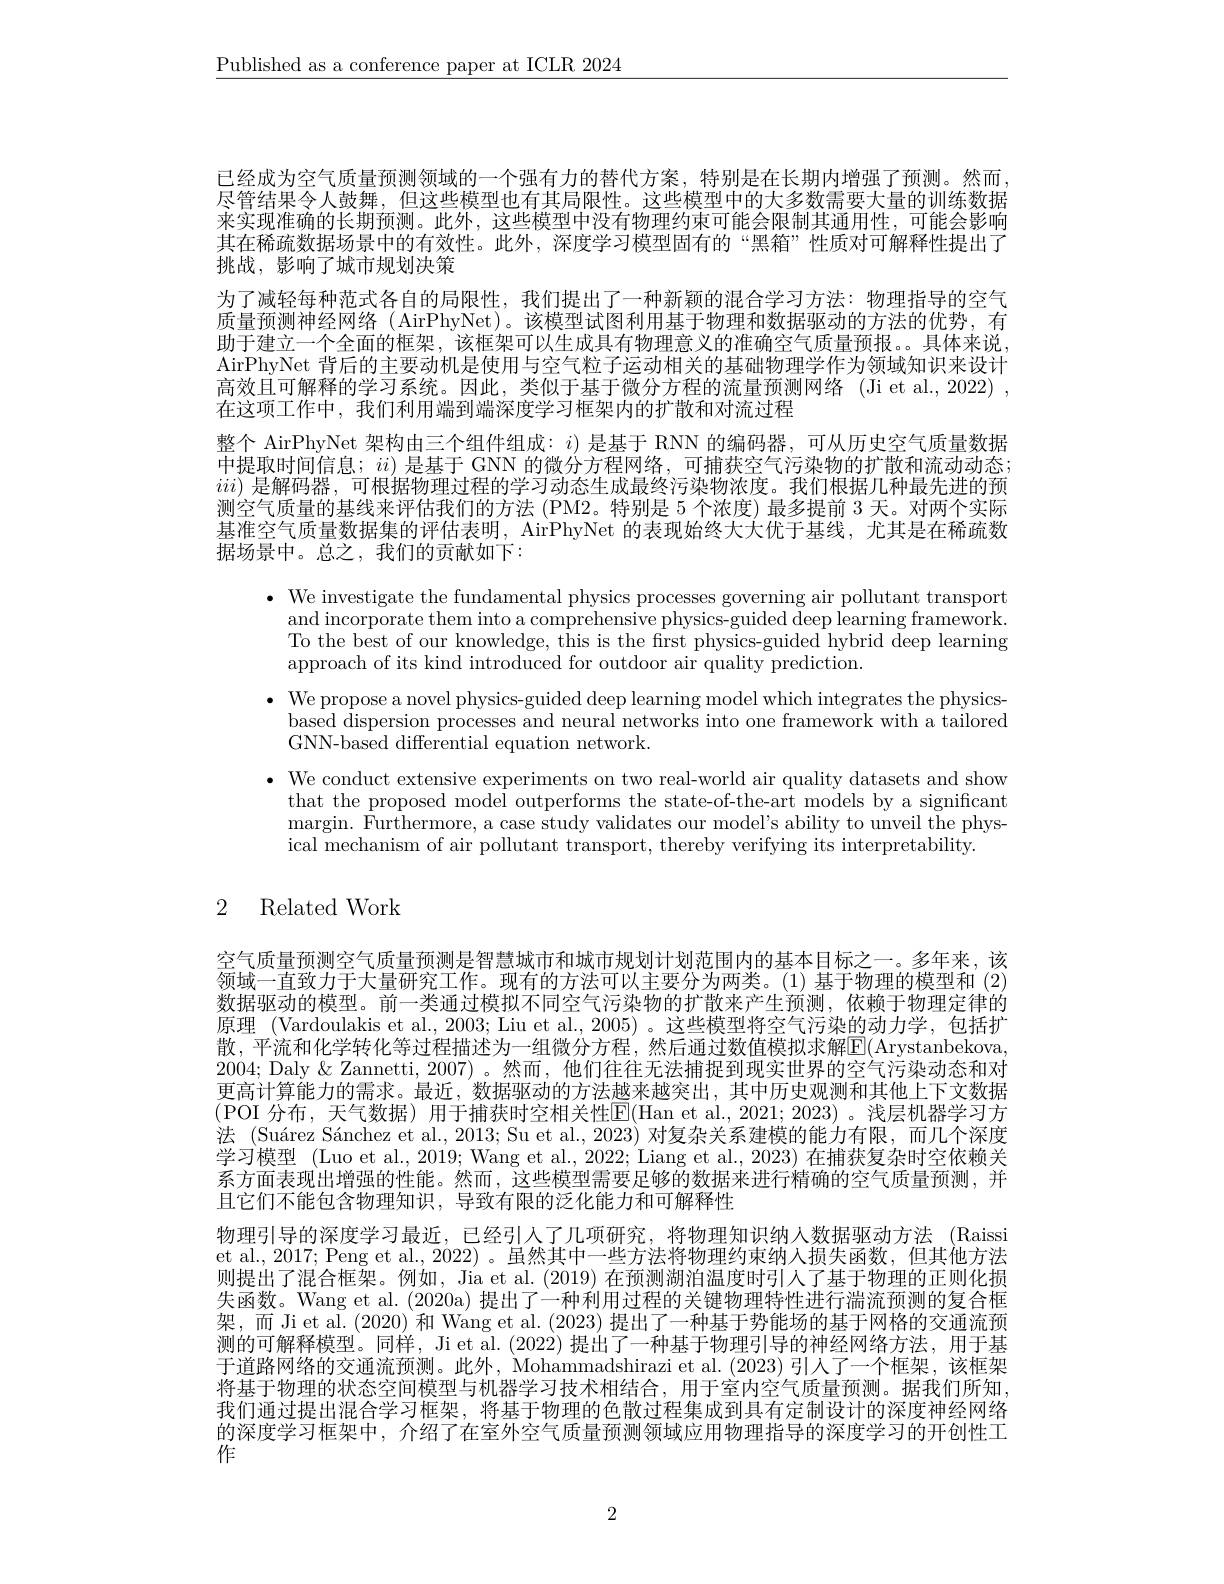
$\underline{\text{Published as a conference paper at ICLR 2024}}$

已经成为空气质量预测领域的一个强有力的替代方案，特别是在长期内增强了预测。然而， 尽管结果令人鼓舞，但这些模型也有其局限性。这些模型中的大多数需要大量的训练数据来实现准确的长期预测。此外，这些模型中没有物理约束可能会限制其通用性，可能会影响其在稀疏数据场景中的有效性。此外，深度学习模型固有的“黑箱”性质对可解释性提出了挑战，影响了城市规划决策
为了减轻每种范式各自的局限性，我们提出了一种新颖的混合学习方法：物理指导的空气质量预测神经网络 (AirPhyNet)。该模型试图利用基于物理和数据驱动的方法的优势，有助于建立一个全面的框架，该框架可以生成具有物理意义的准确空气质量预报。。具体来说AirPhyNet 背后的主要动机是使用与空气粒子运动相关的基础物理学作为领域知识来设计高效且可解释的学习系统。因此，类似于基于微分方程的流量预测网络(Ji et al., 2022) , 在这项工作中，我们利用端到端深度学习框架内的扩散和对流过程
整个 AirPhyNet 架构由三个组件组成：$i)$是基于 RNN 的编码器，可从历史空气质量数据中提取时间信息；$ii)$是基于 GNN 的微分方程网络，可捕获空气污染物的扩散和流动动态； $iii)$是解码器，可根据物理过程的学习动态生成最终污染物浓度。我们根据几种最先进的预测空气质量的基线来评估我们的方法 (PM2。特别是 5 个浓度) 最多提前 3 天。对两个实际基准空气质量数据集的评估表明，AirPhyNet 的表现始终大大优于基线，尤其是在稀疏数据场景中。总之，我们的贡献如下：

$\bullet$ We investigate the fundamental physics processes governing air pollutant transport
and incorporate them into a comprehensive physics-guided deep learning framework. To the best of our knowledge, this is the first physics-guided hybrid deep learning approach of its kind introduced for outdoor air quality prediction.
$\bullet$ We propose a novel physics-guided deep learning model which integrates the physics-
based dispersion processes and neural networks into one framework with a tailored
GNN-based differential equation network.
$\bullet$ We conduct extensive experiments on two real-world air quality datasets and show
that the proposed model outperforms the state-of-the-art models by a significant margin. Furthermore, a case study validates our model's ability to unveil the physical mechanism of air pollutant transport, thereby verifying its interpretability.

## 2 Related Work

空气质量预测空气质量预测是智慧城市和城市规划计划范围内的基本目标之一。多年来，该领域一直致力于大量研究工作。现有的方法可以主要分为两类。(1)基于物理的模型和 (2) 数据驱动的模型。前一类通过模拟不同空气污染物的扩散来产生预测，依赖于物理定律的原理 (Vardoulakis et al., 2003; Liu et al., 2005) 。这些模型将空气污染的动力学，包括扩散，平流和化学转化等过程描述为一组微分方程，然后通过数值模拟求解$\boxed{\mathrm{F}}($Arystanbekova, 2004; Daly & Zannetti, 2007) 。然而，他们往往无法捕捉到现实世界的空气污染动态和对更高计算能力的需求。最近，数据驱动的方法越来越突出，其中历史观测和其他上下文数据(POI 分布，天气数据)用于捕获时空相关性$\boxed{\mathrm{E}}($Han et al.,2021; 2023)。浅层机器学习方法 (Suárez Sánchez et al., 2013; Su et al., 2023) 对复杂关系建模的能力有限，而几个深度学习模型 (Luo et al., 2019; Wang et al., 2022; Liang et al., 2023) 在捕获复杂时空依赖关系方面表现出增强的性能。然而，这些模型需要足够的数据来进行精确的空气质量预测，并且它们不能包含物理知识，导致有限的泛化能力和可解释性
物理引导的深度学习最近，已经引人了几项研究，将物理知识纳人数据驱动方法 (Raissi et al., 2017; Peng et al., 2022) 。虽然其中一些方法将物理约束纳人损失函数，但其他方法则提出了混合框架。例如，Jia et al. (2019)在预测湖泊温度时引人了基于物理的正则化损失函数。Wang et al. (2020a) 提出了一种利用过程的关键物理特性进行湍流预测的复合框架，而 Ji et al. (2020) 和 Wang et al. (2023) 提出了一种基于势能场的基于网格的交通流预测的可解释模型。同样，Ji et al.(2022) 提出了一种基于物理引导的神经网络方法，用于基于道路网络的交通流预测。此外，Mohammadshirazi et al. (2023)引人了一个框架，该框架将基于物理的状态空间模型与机器学习技术相结合，用于室内空气质量预测。据我们所知， 我们通过提出混合学习框架，将基于物理的色散过程集成到具有定制设计的深度神经网络的深度学习框架中，介绍了在室外空气质量预测领域应用物理指导的深度学习的开创性工作

2